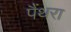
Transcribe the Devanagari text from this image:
पैंथरा